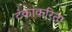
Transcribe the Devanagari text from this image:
टंकाकरिता